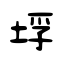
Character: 垺